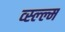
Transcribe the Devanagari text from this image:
व्स्ल्ल्म